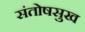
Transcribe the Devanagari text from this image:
संतोषसुख